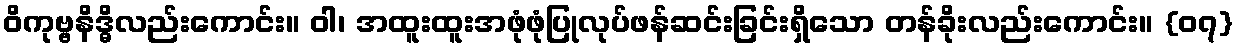
ဝိကုဗ္ဗနိဒ္ဓိလည်းကောင်း။ ဝါ၊ အထူးထူးအဖုံဖုံပြုလုပ်ဖန်ဆင်းခြင်းရှိသော တန်ခိုးလည်းကောင်း။ {၀၇}